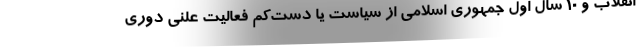
انقلاب و 10 سال اول جمهوری اسلامی از سیاست یا دست‌کم فعالیت علنی دوری